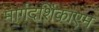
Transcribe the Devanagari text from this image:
मार्गदर्शिकाएम